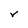
Character: V